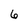
Character: 6